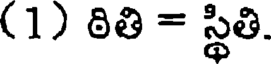
(1) ఠితి = స్థితి.